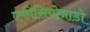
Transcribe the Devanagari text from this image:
एफीसियोनाडो